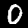
Digit: 0